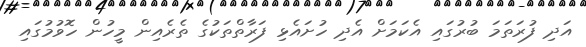
އަދި ފުރަތަމަ ބުރުގައި އެކަމަށް އެދި ހުށައެޅި ފަރާތްތަކުގެ ތެރެއިން މީހުން ހޮވުމުގައި